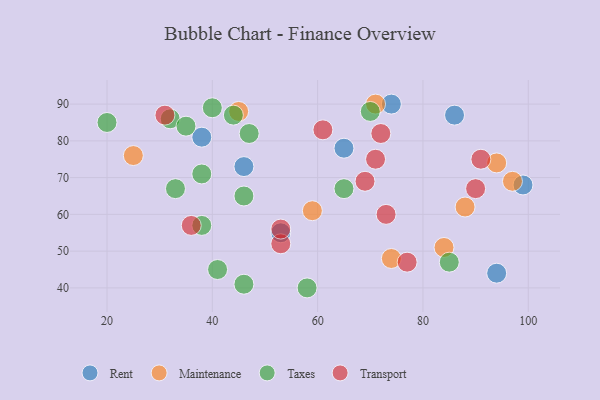
{"axis": {"x": "GDP", "y": "Life Expectancy"}, "legend": ["Maintenance", "Rent", "Taxes", "Transport"], "data": [{"x": "99", "y": 68, "type": "Rent"}, {"x": "74", "y": 90, "type": "Rent"}, {"x": "65", "y": 78, "type": "Rent"}, {"x": "38", "y": 81, "type": "Rent"}, {"x": "46", "y": 73, "type": "Rent"}, {"x": "94", "y": 44, "type": "Rent"}, {"x": "86", "y": 87, "type": "Rent"}, {"x": "53", "y": 55, "type": "Rent"}, {"x": "71", "y": 90, "type": "Maintenance"}, {"x": "94", "y": 74, "type": "Maintenance"}, {"x": "84", "y": 51, "type": "Maintenance"}, {"x": "74", "y": 48, "type": "Maintenance"}, {"x": "88", "y": 62, "type": "Maintenance"}, {"x": "97", "y": 69, "type": "Maintenance"}, {"x": "25", "y": 76, "type": "Maintenance"}, {"x": "45", "y": 88, "type": "Maintenance"}, {"x": "59", "y": 61, "type": "Maintenance"}, {"x": "38", "y": 57, "type": "Taxes"}, {"x": "41", "y": 45, "type": "Taxes"}, {"x": "46", "y": 65, "type": "Taxes"}, {"x": "44", "y": 87, "type": "Taxes"}, {"x": "32", "y": 86, "type": "Taxes"}, {"x": "38", "y": 71, "type": "Taxes"}, {"x": "47", "y": 82, "type": "Taxes"}, {"x": "33", "y": 67, "type": "Taxes"}, {"x": "20", "y": 85, "type": "Taxes"}, {"x": "65", "y": 67, "type": "Taxes"}, {"x": "35", "y": 84, "type": "Taxes"}, {"x": "70", "y": 88, "type": "Taxes"}, {"x": "46", "y": 41, "type": "Taxes"}, {"x": "40", "y": 89, "type": "Taxes"}, {"x": "85", "y": 47, "type": "Taxes"}, {"x": "58", "y": 40, "type": "Taxes"}, {"x": "53", "y": 52, "type": "Transport"}, {"x": "53", "y": 56, "type": "Transport"}, {"x": "72", "y": 82, "type": "Transport"}, {"x": "61", "y": 83, "type": "Transport"}, {"x": "31", "y": 87, "type": "Transport"}, {"x": "69", "y": 69, "type": "Transport"}, {"x": "91", "y": 75, "type": "Transport"}, {"x": "73", "y": 60, "type": "Transport"}, {"x": "71", "y": 75, "type": "Transport"}, {"x": "36", "y": 57, "type": "Transport"}, {"x": "77", "y": 47, "type": "Transport"}, {"x": "90", "y": 67, "type": "Transport"}]}